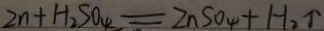
Z n + H _ { 2 } S O _ { 4 } = Z n S O _ { 4 } + H _ { 2 } \uparrow